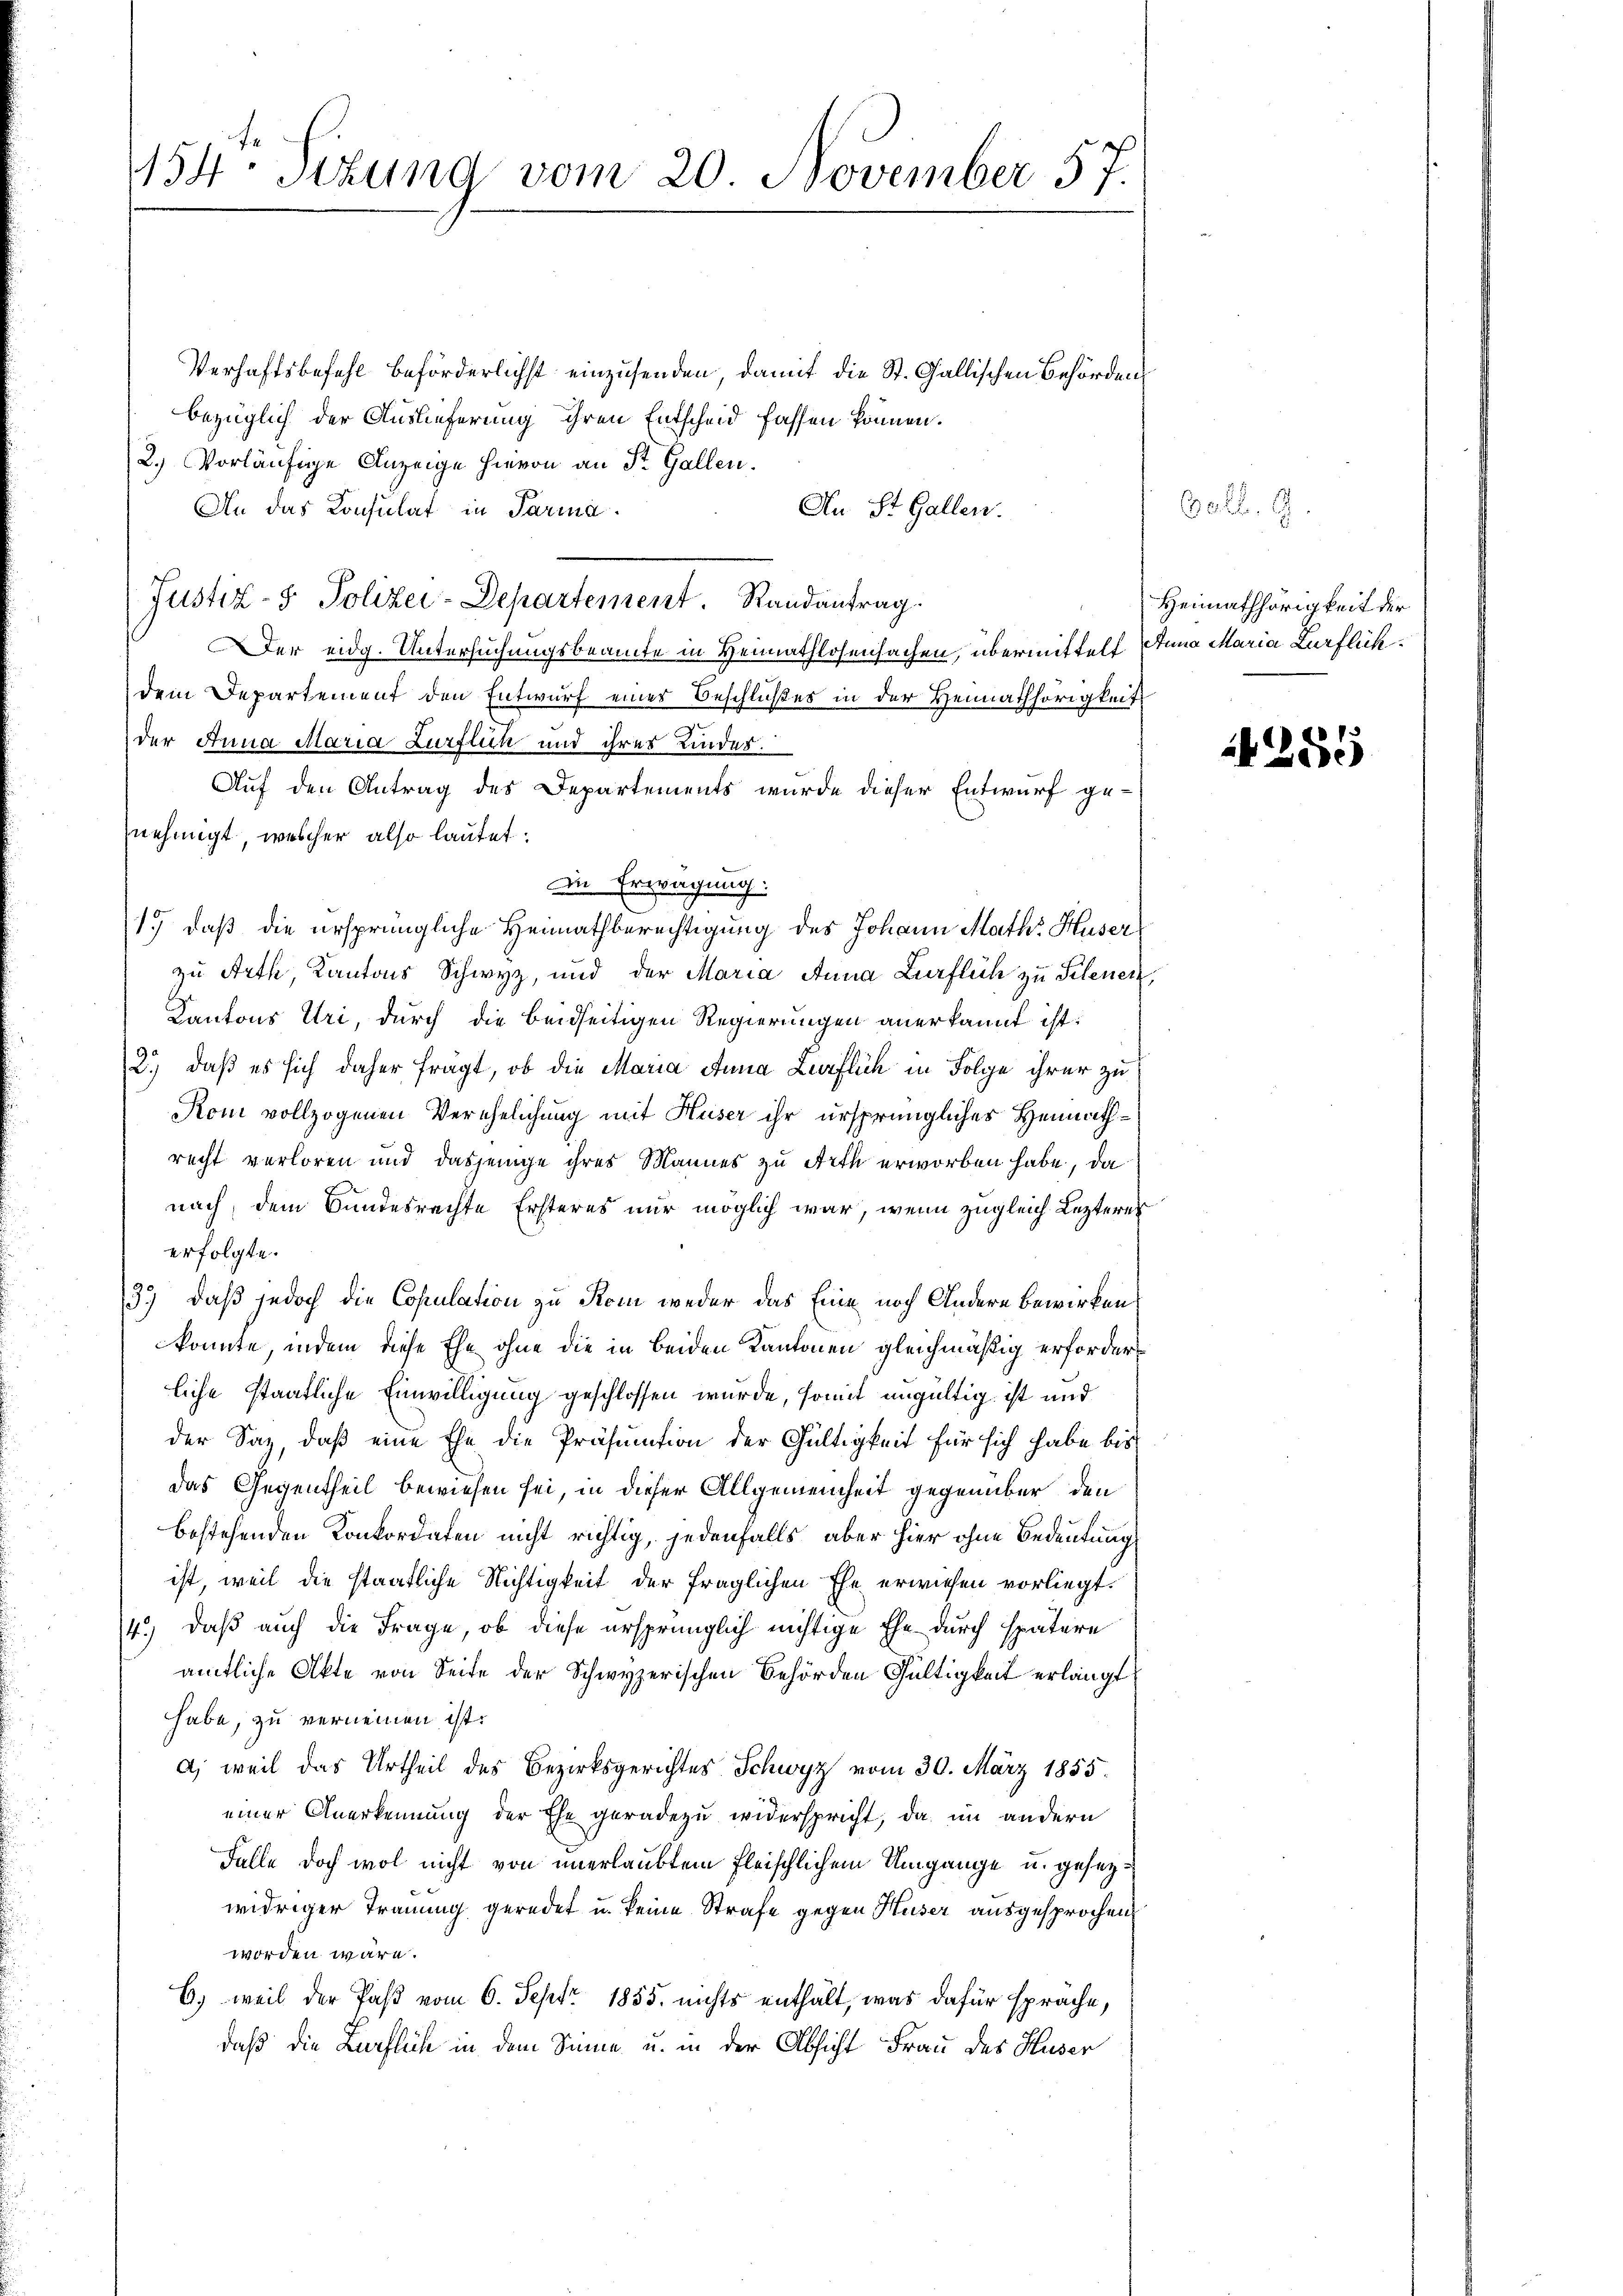
154. Sitzung vom 20. November 57.

Verhaftsbefehl beförderlichst einzusenden, damit die St. Gallischen Behörden
bezüglich der Auslieferung ihren Entscheid fassen können.
2.) Vorläufige Anzeige hievon an St. Gallen.
An das Konsulat in Parma.
An St. Gallen.
Justiz- & Polizei-Departement. Randantrag.
er eidg. Untersuchungsbeamte in Heimathlosensachen, übermittelt Anna Maria Zurflichdem Departement den Entwurf eines Beschlußes in der Heimathörigkeit
der Anna Maria Zurflich und ihres Kinder.
Auf den Antrag des Departements wurde dieser Entwurf ge-
nehmigt, welcher also lautet:
Die Erwägung:
1.) daß die ursprüngliche Heimathberechtigung des Johann Math. Huser
zu Arth, Kantons Schwyz, und der Maria Anna Zürflich zu Schenen,
Kantons Uri, durch die beidseitigen Regierungen anerkannt ist:
2.) daß es sich daher fragt, ob die Maria Anna Zurflich in Folge ihrer zu
Kom vollzogenen Verehelichung mit Huser ihr ursprüngliches Heimathrecht verloren und dasjenige ihres Mannes zu Arth erworben habe, da
nach, dem Bundesrachte Ersteres nur möglich war, wenn zugleich Lezteres
erfolgte.
3.) Daß jedoch die Copulation zu Rom weder das Eine noch Andere bewirken
könnte, indem diese Ehe ohne die in beiden Kantonen gleichmäßig erforderliche Staatliche Einwilligung geschlossen wurde, somit ungültig ist und
der Saz, daß eine Ehe die Präsumtion der Gültigkeit für sich habe bis
das Gegentheil bewiesen sei, in dieser Allgemeinheit gegenüber den
bestehenden Konkordaten nicht richtig, jedenfalls, aber hier ohne Bedeutung
ist, weil die staatliche Nichtigkeit der fraglichen Ehe erwiesen vorliegt.
4.) daß auch die Frage, ob diese ursprünglich nichtige Ehe durch spätere
amtliche Akte von Seite der Schwyzerischen Behörden Gültigkeit erlangt
habe, zu verneinen ist.
d) weil das Urtheil des Bezirksgerichtes Schwyz vom 30. März 1855.
einer Anerkennung der Ehe geradezu widerspricht, da im andern
Falle doch wol nicht von unerlaubtem Fleischlichem Umgange u. gesezwidriger Trauung geredet u. keine Strafe gegen Huser ausgesprochen
worden wäre.
6) weil der Paß vom 6. Sept. 1855. nichts enthält, was dafür sprache,
daß die Bürfliche in dem Sinne u. in der Absicht Frau des Huser

602. 9.
Heimathörigkeit der

1285